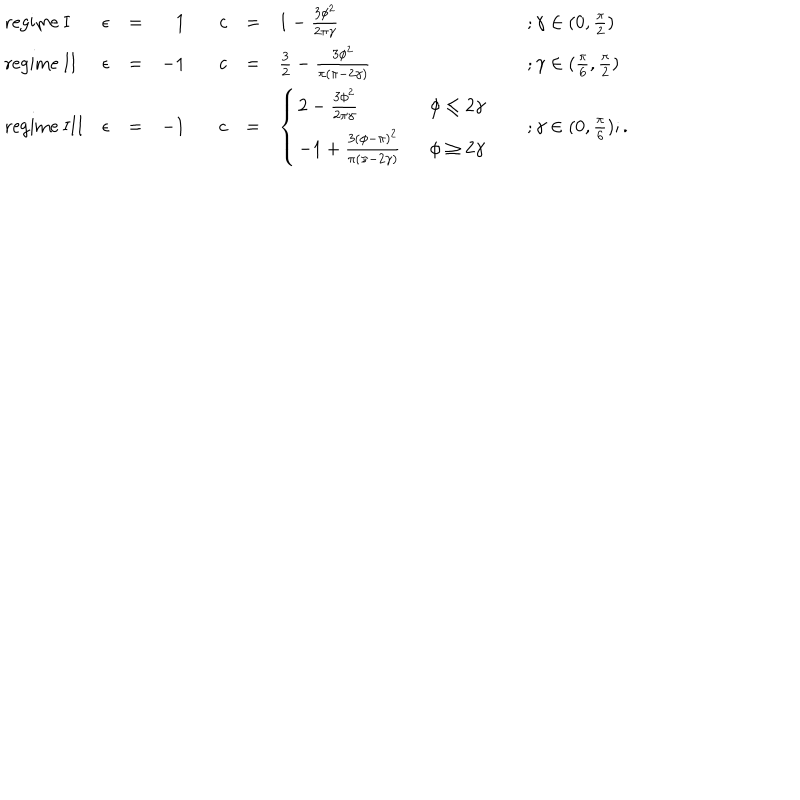
\begin{array} { l l l r l l l l } { { \mathrm { r e g i m e ~ I } } } & { { \epsilon } } & { { = } } & { { 1 } } & { { c } } & { { = } } & { { 1 - \frac { 3 \phi ^ { 2 } } { 2 \pi \gamma } \; } } & { { ; \gamma \in ( 0 , \frac { \pi } { 2 } ) } } \\ { { \mathrm { r e g i m e ~ I I } } } & { { \epsilon } } & { { = } } & { { - 1 } } & { { c } } & { { = } } & { { \frac { 3 } { 2 } - \frac { 3 \phi ^ { 2 } } { \pi ( \pi - 2 \gamma ) } \; } } & { { ; \gamma \in ( \frac { \pi } { 6 } , \frac { \pi } { 2 } ) } } \\ { { \mathrm { r e g i m e ~ I I I } } } & { { \epsilon } } & { { = } } & { { - 1 } } & { { c } } & { { = } } & { { \left\{ \begin{array} { l l } { { 2 - \frac { 3 \phi ^ { 2 } } { 2 \pi \gamma } } } & { { \; \; \phi \leq 2 \gamma } } \\ { { - 1 + \frac { 3 ( \phi - \pi ) ^ { 2 } } { \pi ( \pi - 2 \gamma ) } } } & { { \; \; \phi \geq 2 \gamma } } \\ \end{array} \right. \; } } & { { ; \gamma \in ( 0 , \frac { \pi } { 6 } ) ; . } } \\ \end{array}